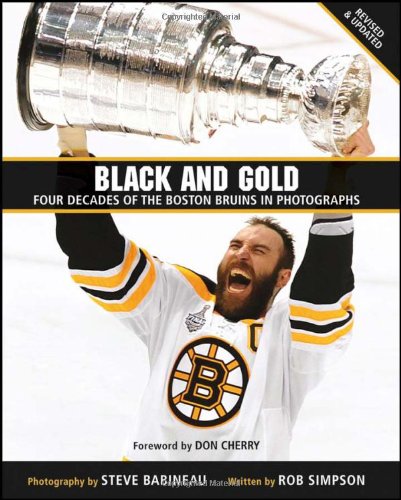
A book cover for Black and Gold: Four Decades of the Boston Bruins in Photographs; Steve Babineau; Sports & Outdoors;